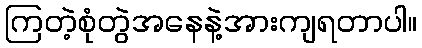
ကြတဲ့စုံတွဲအနေနဲ့အားကျရတာပါ။